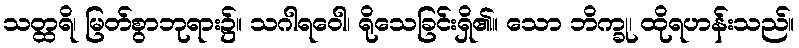
သတ္ထရိ၊ မြတ်စွာဘုရား၌။ သဂါရဝေါ၊ ရိုသေခြင်းရှိ၏။ သော ဘိက္ခု၊ ထိုရဟန်းသည်။